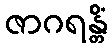
ဇာဂရန္တိံ